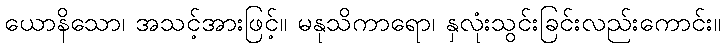
ယောနိသော၊ အသင့်အားဖြင့်။ မနုသိကာရော၊ နှလုံးသွင်းခြင်းလည်းကောင်း။